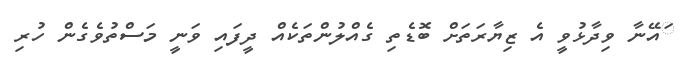
ައޭނާ ވިދާޅުވީ އެ ޒިޔާރަތަށް ބޮޑެތި ގެއްލުންތަކެއް ދީފައި ވަނީ މަސްތުވެގެން ހުރި